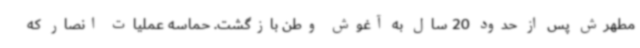
مطهرش پس از حدود 20 سال به آغوش وطن بازگشت. حماسه عملیات انصار که